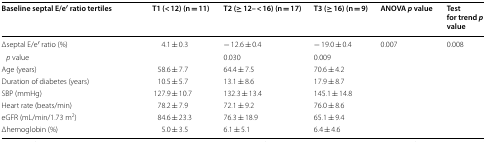
<table><thead><tr><td><b>Baseline septal E/e′ ratio tertiles</b></td><td></td><td><b>T1 (&lt; 12) (n = 11)</b></td><td><b>T2 (≥ 12– &lt; 16) (n = 17)</b></td><td><b>T3 (≥ 16) (n = 9)</b></td><td><b>ANOVA <i>p</i> value</b></td><td><b>Test for trend <i>p</i> value</b></td></tr></thead><tbody><tr><td>Δseptal E/e′ ratio (%)</td><td></td><td>4.1 ± 0.3</td><td>− 12.6 ± 0.4</td><td>− 19.0 ± 0.4</td><td>0.007</td><td>0.008</td></tr><tr><td> <i>p</i> value</td><td></td><td></td><td>0.030</td><td>0.009</td><td></td><td></td></tr><tr><td>Age (years)</td><td></td><td>58.6 ± 7.7</td><td>64.4 ± 7.5</td><td>70.6 ± 4.2</td><td></td><td></td></tr><tr><td>Duration of diabetes (years)</td><td></td><td>10.5 ± 5.7</td><td>13.1 ± 8.6</td><td>17.9 ± 8.7</td><td></td><td></td></tr><tr><td>SBP (mmHg)</td><td></td><td>127.9 ± 10.7</td><td>132.3 ± 13.4</td><td>145.1 ± 14.8</td><td></td><td></td></tr><tr><td>Heart rate (beats/min)</td><td></td><td>78.2 ± 7.9</td><td>72.1 ± 9.2</td><td>76.0 ± 8.6</td><td></td><td></td></tr><tr><td>eGFR (mL/min/1.73 m<sup>2</sup>)</td><td></td><td>84.6 ± 23.3</td><td>76.3 ± 18.9</td><td>65.1 ± 9.4</td><td></td><td></td></tr><tr><td>Δhemoglobin (%)</td><td></td><td>5.0 ± 3.5</td><td>6.1 ± 5.1</td><td>6.4 ± 4.6</td><td></td><td></td></tr></tbody></table>